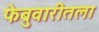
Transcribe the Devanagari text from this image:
फेब्रुवारीतला